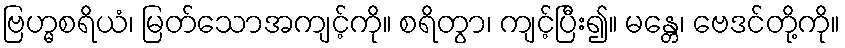
ဗြဟ္မစရိယံ၊ မြတ်သောအကျင့်ကို။ စရိတွာ၊ ကျင့်ပြီး၍။ မန္တေ၊ ဗေဒင်တို့ကို။